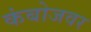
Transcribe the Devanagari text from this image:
कंबोजवर